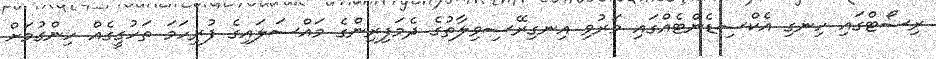
ރިސޯޓްގައި ހިނގި އެކްސިޑެންޓެއްގައި މަރުވި އިނގިރޭސިވިލާތުގެ ދެމަފިރިންގެ މައްސަލައިގެ ފުރިހަމަ ތަހުގީގެއް ހިންގުމަށް